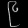
Digit: ၉